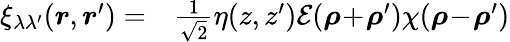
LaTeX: \begin{array}{rl}{\xi_{\lambda\lambda^{\prime}}(\boldsymbol{r},\boldsymbol{r}^{\prime})=}&{{}\frac{1}{\sqrt{2}}\eta(z,z^{\prime})\mathcal{E}(\boldsymbol{\rho}\! +\! \boldsymbol{\rho}^{\prime})\chi(\boldsymbol{\rho}\! -\! \boldsymbol{\rho}^{\prime})}\end{array}